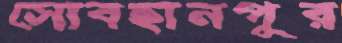
সোবহানপুর